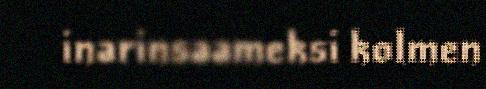
inarinsaameksi kolmen